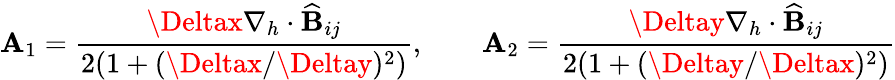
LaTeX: \mathbf{A}_{1}=\frac{{\Deltax\nabla_{h}\cdot\widehat{{\mathbf{{B}}}}_{ij}}}{{2(1+(\Deltax/\Deltay)^{2})}},\qquad\mathbf{A}_{2}=\frac{{\Deltay\nabla_{h}\cdot\widehat{{\mathbf{{B}}}}_{ij}}}{{2(1+(\Deltay/\Deltax)^{2})}}